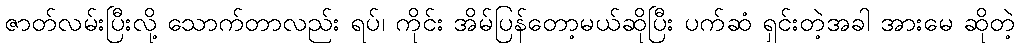
ဇာတ်လမ်းပြီးလို့ သောက်တာလည်း ရပ်၊ ကိုင်း အိမ်ပြန်တော့မယ်ဆိုပြီး ပက်ဆံ ရှင်းတဲ့အခါ အားမေ ဆိုတဲ့